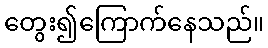
တွေး၍ကြောက်နေသည်။